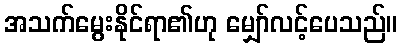
အသက်မွေးနိုင်ရာ၏ဟု မျှော်လင့်ပေသည်။